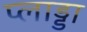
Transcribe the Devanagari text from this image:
प्लाड्डा